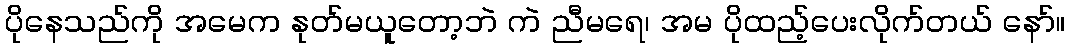
ပိုနေသည်ကို အမေက နုတ်မယူတော့ဘဲ ကဲ ညီမရေ၊ အမ ပိုထည့်ပေးလိုက်တယ် နော်။